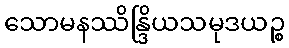
သောမနဿိန္ဒြိယသမုဒယဉ္စ